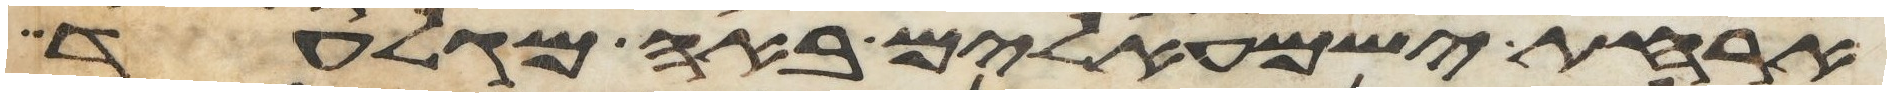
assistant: ארחת ישמעאלים באה מגלעד